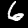
Label: 6